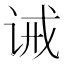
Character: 诫